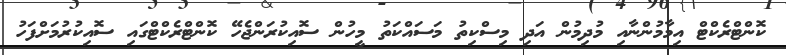
ކޮންޓްރެކްޓް އިމާމުންނާއި މުދިމުން އަދި މިސްކިތު މަސައްކަތު މީހުން ސޮއިކުރަންޖެހޭ ކޮންޓްރެކްޓްގައި ސޮއިކުރުމަށްފަހު